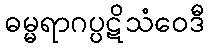
ဓမ္မရာဂပ္ပဋိသံဝေဒီ